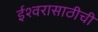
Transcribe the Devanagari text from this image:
ईश्वरासाठीची